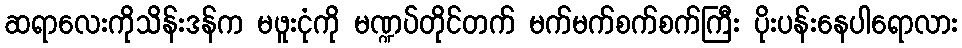
ဆရာလေးကိုသိန်းဒန်က မဖူးငုံကို မဏ္ဍပ်တိုင်တက် မက်မက်စက်စက်ကြီး ပိုးပန်းနေပါရောလား